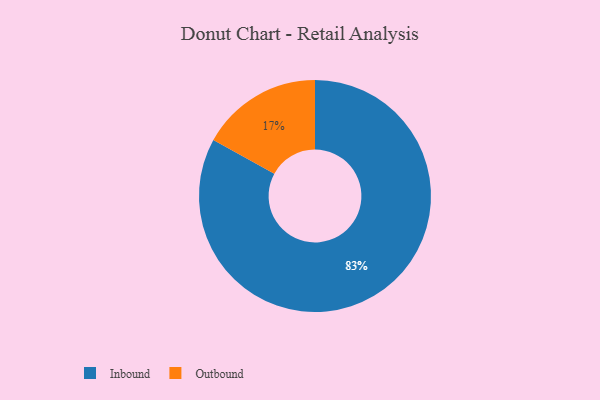
{"axis": {"x": "Category", "y": "Percentage"}, "legend": ["Inbound", "Outbound"], "data": [{"x": "Inbound", "y": 83, "type": "Inbound"}, {"x": "Outbound", "y": 17, "type": "Outbound"}]}